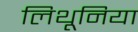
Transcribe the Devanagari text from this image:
लिथूनिया